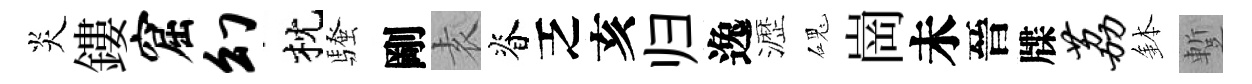
炎鏤窟幻枕騷剛𡊮脊乏亥归逸瀝磈崗未晉牒荔鉢蹔